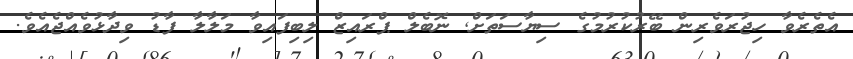
އެތެެރެވާ ހިޖުރަވެރިން ބޭރުކުރުމުގެ ސިޔާސަތަށް